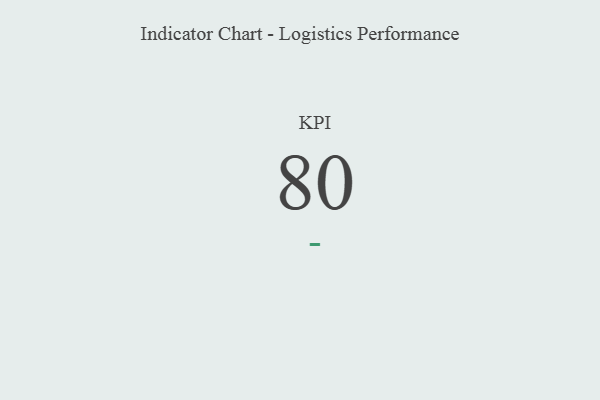
{"axis": {"x": "KPI", "y": "Value"}, "legend": [""], "data": [{"x": "KPI", "y": 80, "type": ""}]}